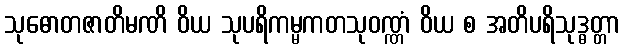
သုဓောတဇာတိမဏိ ဝိယ သုပရိကမ္မကတသုဝဏ္ဏံ ဝိယ စ အတိပရိသုဒ္ဓတ္တာ